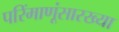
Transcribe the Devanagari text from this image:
परिंमाणूंसारख्या